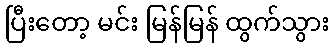
ပြီးတော့ မင်း မြန်မြန် ထွက်သွား